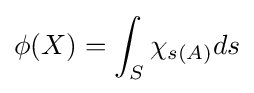
\phi (X)=\int _{S}\chi _{s(A)}ds